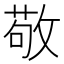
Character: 敬